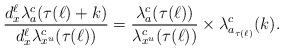
LaTeX: \begin{align*}\frac{d^\ell_x\lambda^c_a(\tau(\ell)+k)}{ d^\ell_x\lambda^c_{x^u}(\tau(\ell))}=\frac{\lambda^c_a(\tau(\ell))}{\lambda^c_{x^u}(\tau(\ell))}\times \lambda^c_{a_{\tau(\ell)}}(k).\end{align*}